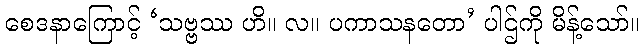
စေဒနာကြောင့် ‘သဗ္ဗဿ ဟိ။ လ။ ပကာသနတော’ ပါဌ်ကို မိန့်သော်။